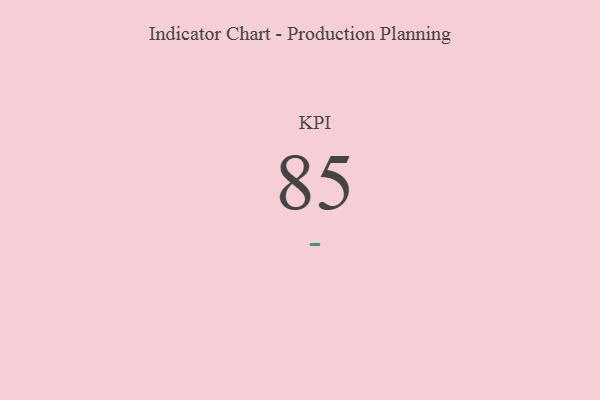
{"axis": {"x": "KPI", "y": "Value"}, "legend": [""], "data": [{"x": "KPI", "y": 85, "type": ""}]}